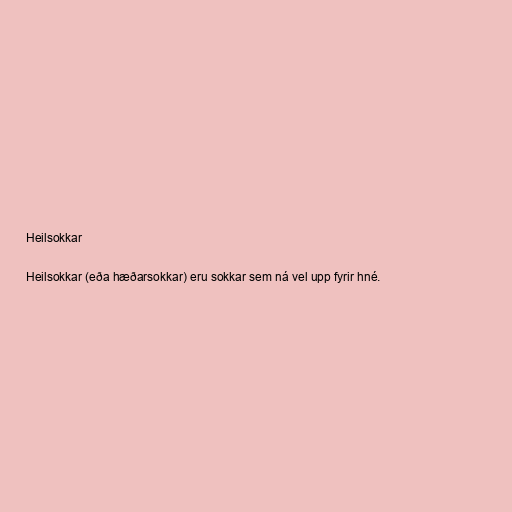
Heilsokkar

Heilsokkar (eða hæðarsokkar) eru sokkar sem ná vel upp fyrir hné.